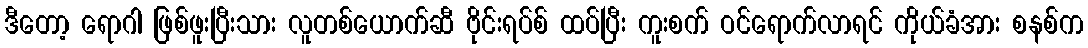
ဒီတော့ ရောဂါ ဖြစ်ဖူးပြီးသား လူတစ်ယောက်ဆီ ဗိုင်းရပ်စ် ထပ်ပြီး ကူးစက် ဝင်ရောက်လာရင် ကိုယ်ခံအား စနစ်က